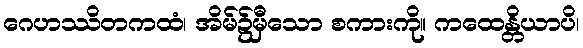
ဂေဟဿိတကထံ၊ အိမ်၌မှီသော စကားကို။ ကထေန္တိယာပိ၊